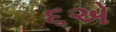
૬એ